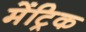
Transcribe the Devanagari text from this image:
मेंट्रिक